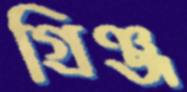
গ্রিঞ্জ